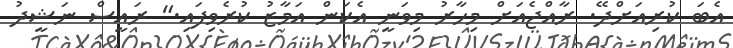
އެބަ ކުރިއަށްދޭ. ރާއްޖެއަށް މިހާރު މިވަނީ އެކަން އަމާޒު ކުރެވިފައި." ރައީސް ނަޝީދު